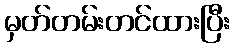
မှတ်တမ်းတင်ထားပြီး